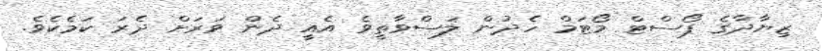
ޒިޔާދާގެ ޕޯސްޓް މޯޓަމް ހެދުން ލަސްވާތީވެ އެއީ ދެން ވަރަށް ދެރަ ކަމެކެވެ.